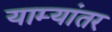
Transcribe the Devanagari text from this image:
याम्यांतर